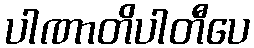
ပါဏာတိပါတီပေ